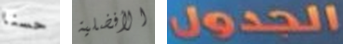
حسنا الأفضلية الجدول